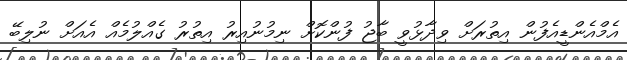
އެމްއެންޑީއެފުން އިތުރަށް ވިދާޅުވީ ބާޖު ފުންކޮށް ނިމުނުއިރު އިތުރު ގެއްލުމެއް އެއަށް ނުލިބޭ